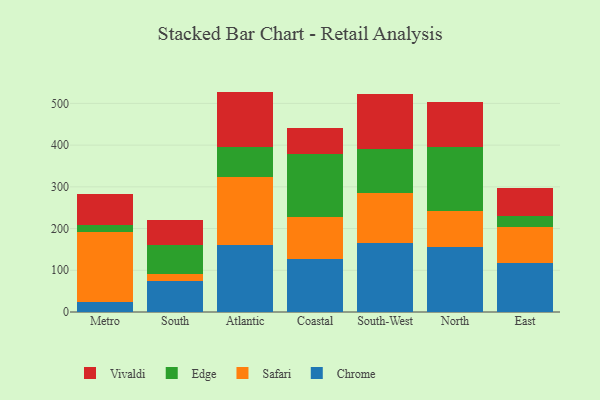
{"axis": {"x": "Region", "y": "Active Users"}, "legend": ["Chrome", "Edge", "Safari", "Vivaldi"], "data": [{"x": "Metro", "y": 23.0, "type": "Chrome"}, {"x": "Metro", "y": 168.5, "type": "Safari"}, {"x": "Metro", "y": 17.6, "type": "Edge"}, {"x": "Metro", "y": 74.0, "type": "Vivaldi"}, {"x": "South", "y": 73.7, "type": "Chrome"}, {"x": "South", "y": 18.5, "type": "Safari"}, {"x": "South", "y": 68.7, "type": "Edge"}, {"x": "South", "y": 59.0, "type": "Vivaldi"}, {"x": "Atlantic", "y": 160.0, "type": "Chrome"}, {"x": "Atlantic", "y": 164.7, "type": "Safari"}, {"x": "Atlantic", "y": 71.6, "type": "Edge"}, {"x": "Atlantic", "y": 132.0, "type": "Vivaldi"}, {"x": "Coastal", "y": 126.7, "type": "Chrome"}, {"x": "Coastal", "y": 100.1, "type": "Safari"}, {"x": "Coastal", "y": 150.8, "type": "Edge"}, {"x": "Coastal", "y": 64.4, "type": "Vivaldi"}, {"x": "South-West", "y": 164.6, "type": "Chrome"}, {"x": "South-West", "y": 121.2, "type": "Safari"}, {"x": "South-West", "y": 105.7, "type": "Edge"}, {"x": "South-West", "y": 130.8, "type": "Vivaldi"}, {"x": "North", "y": 156.6, "type": "Chrome"}, {"x": "North", "y": 86.1, "type": "Safari"}, {"x": "North", "y": 153.0, "type": "Edge"}, {"x": "North", "y": 107.3, "type": "Vivaldi"}, {"x": "East", "y": 117.0, "type": "Chrome"}, {"x": "East", "y": 87.1, "type": "Safari"}, {"x": "East", "y": 25.0, "type": "Edge"}, {"x": "East", "y": 68.0, "type": "Vivaldi"}]}